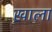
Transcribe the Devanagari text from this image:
ख़ाला